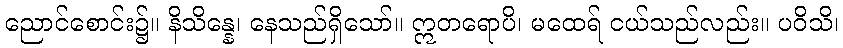
ညောင်စောင်း၌။ နိသိန္နေ၊ နေသည်ရှိသော်။ ဣတရောပိ၊ မထေရ် ငယ်သည်လည်း။ ပဝိသိ၊